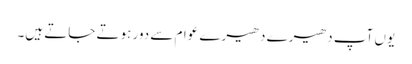
یوں آپ دھیرے دھیرے عوام سے دور ہوتے جاتے ہیں۔